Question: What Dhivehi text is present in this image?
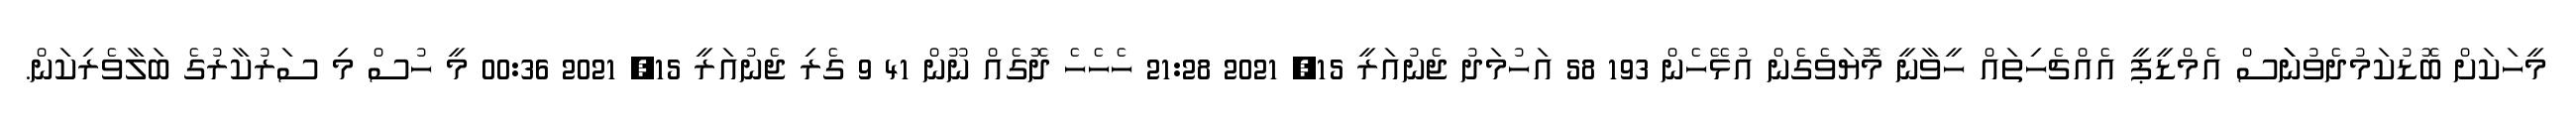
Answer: މީހަކަށް ބޮޑުކަމުދެވުނަަަސް އެމްޑީޕީ އެއްޗެހިތައް ހީވާނީ މޮޔަވެގެން އުޅޭހެން 193 58 އަހުމަދު ޖެނުއަރީ 15, 2021 21:28 ހެހެހެ ދޮގެއް ނޫން 41 9 ގެރި ޖެނުއަރީ 15, 2021 00:36 މީ ހުސް މި ސަރުކާރުގެ ބަލާވެރިކަން.